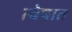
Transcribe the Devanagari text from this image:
त्वेषात